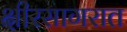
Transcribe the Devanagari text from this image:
क्षीरसागरात